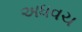
અધવચ